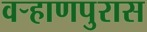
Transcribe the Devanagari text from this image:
वऱ्हाणपुरास